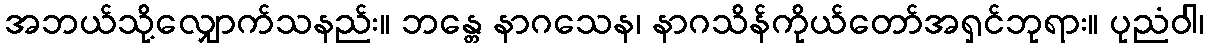
အဘယ်သို့လျှောက်သနည်း။ ဘန္တေ နာဂသေန၊ နာဂသိန်ကိုယ်တော်အရှင်ဘုရား။ ပုညံဝါ၊